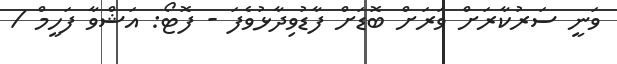
ވަނީ ސަރުކާރަށް ވަރަށް ބޮޑަށް ފާޑުވިދާޅުވެފަ - ފޮޓޯ: އަޝްވާ ފަހީމް /